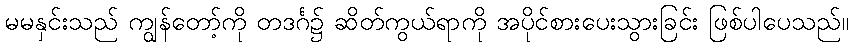
မမနှင်းသည် ကျွန်တော့်ကို တဒင်္ဂ၌ ဆိတ်ကွယ်ရာကို အပိုင်စားပေးသွားခြင်း ဖြစ်ပါပေသည်။